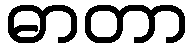
ဓာတာ